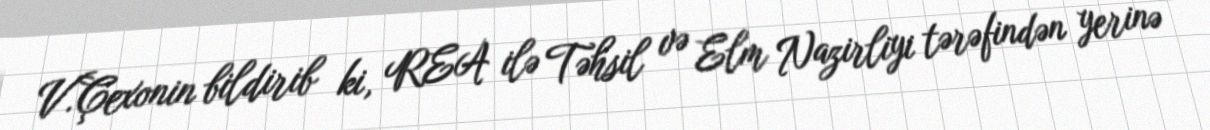
V.Çexonin bildirib ki, REA ilə Təhsil və Elm Nazirliyi tərəfindən yerinə